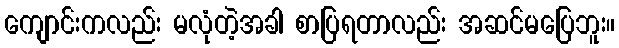
ကျောင်းကလည်း မလုံတဲ့အခါ စာပြရတာလည်း အဆင်မပြေဘူး။